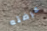
عرضته